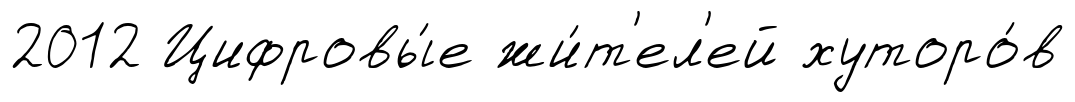
2012 Цифровы́е жи́т'ел'ей хуторо́в